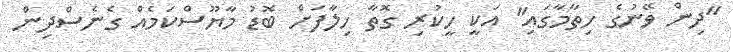
"ދިން ވޭނުގެ ހިތާމާގައި" އަކީ ހީކުރި ގޮތާ ހިލާފަށް ބޮޑު މާޔޫސްކަމެއް ގެނެސްދިން